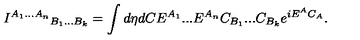
{ I ^ { A _ { 1 } . . . A _ { n } } } _ { B _ { 1 } . . . B _ { k } } = \int d \eta d C E ^ { A _ { 1 } } . . . E ^ { A _ { n } } C _ { B _ { 1 } } . . . C _ { B _ { k } } e ^ { i E ^ { A } C _ { A } } .